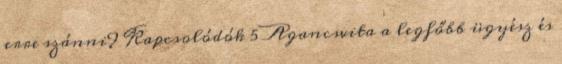
erre szánni? Kapcsolódók 5 Agancsvita a legfőbb ügyész és